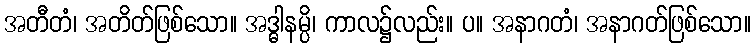
အတီတံ၊ အတိတ်ဖြစ်သော။ အဒ္ဓါနမ္ပိ၊ ကာလ၌လည်း။ ပ။ အနာဂတံ၊ အနာဂတ်ဖြစ်သော။